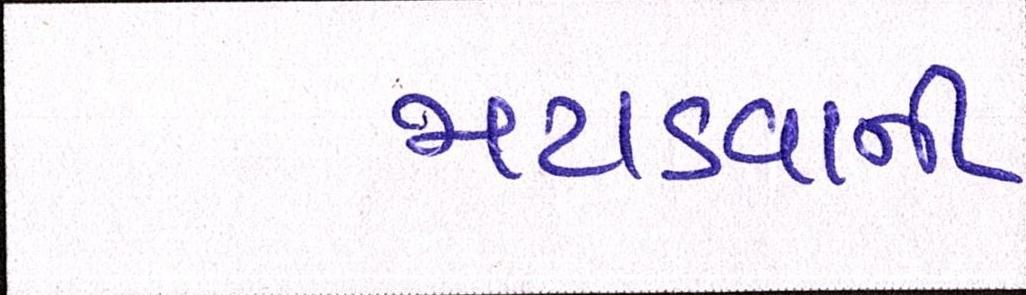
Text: મટાડવાની